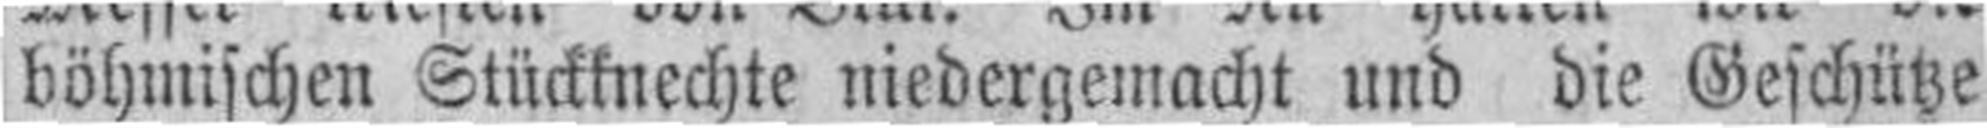
böhmischen Stückknechte niedergemacht und die Geschütze